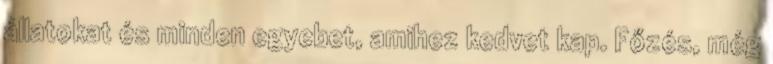
állatokat és minden egyebet, amihez kedvet kap. Főzés, még